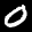
Label: 0